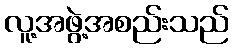
လူ့အဖွဲ့အစည်းသည်